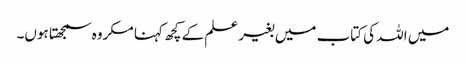
میں اللہ کی کتاب میں بغیر علم کے کچھ کہنا مکروہ سمجھتا ہوں۔